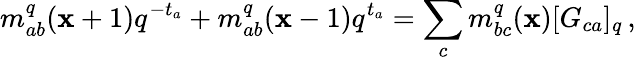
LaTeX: m_{ab}^{q}(\mathbf{x}+1)q^{-t_{a}}+m_{ab}^{q}(\mathbf{x}-1)q^{t_{a}}=\sum_{c}m_{bc}^{q}(\mathbf{x})[G_{ca}]_{q}\, ,